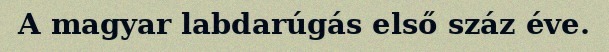
A magyar labdarúgás első száz éve.